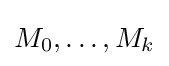
M_{0},\dots ,M_{k}